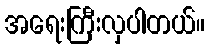
အရေးကြီးလှပါတယ်။